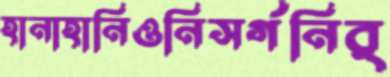
হানাহানিওনিসর্গনির্